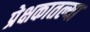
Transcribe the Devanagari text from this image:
प्रेक्षकातल्या